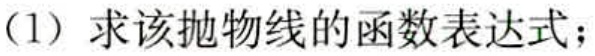
（1）求该抛物线的函数表达式；